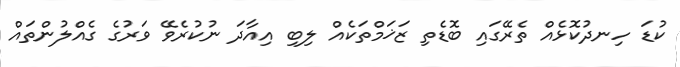
ކުޑަ ހިނދުކޮޅެއް ތެރޭގައި ބޮޑެތި ޒަޚަމްތަކެއް ލިބި އިއާދަ ނުކުރެވޭ ވަރުގެ ގެއްލުންތައް